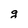
Character: g